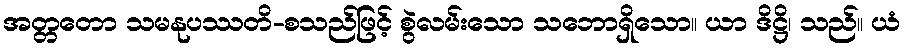
အတ္တတော သမနုပဿတိ-စသည်ဖြင့် စွဲလမ်းသော သဘောရှိသော။ ယာ ဒိဋ္ဌိ၊ သည်။ ယံ